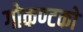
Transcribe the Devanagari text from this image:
गोकण्टको